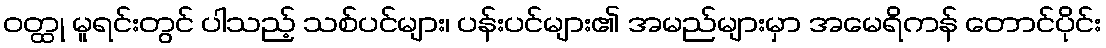
ဝတ္ထု မူရင်းတွင် ပါသည့် သစ်ပင်များ၊ ပန်းပင်များ၏ အမည်များမှာ အမေရိကန် တောင်ပိုင်း